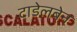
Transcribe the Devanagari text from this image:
टाडेलबेन